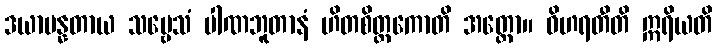
ဒယာပန္နတာယ သဗ္ဗေသံ ပါဏဘူတာနံ ဟိတစိတ္တကောတိ အတ္ထော။ ဝိဟရတီတိ ဣရိယတိ